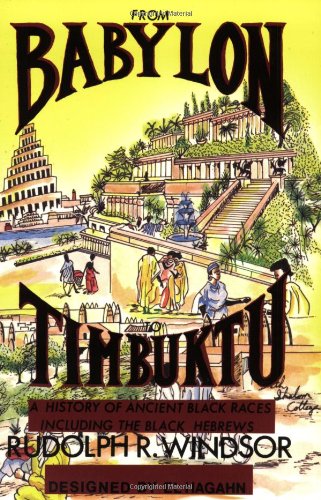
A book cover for From Babylon to Timbuktu: A History of the Ancient Black Races Including the Black Hebrews; Rudolph R. Windsor; History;